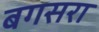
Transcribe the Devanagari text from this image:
बगसरा